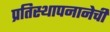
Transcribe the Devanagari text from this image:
प्रतिस्थापनानेची